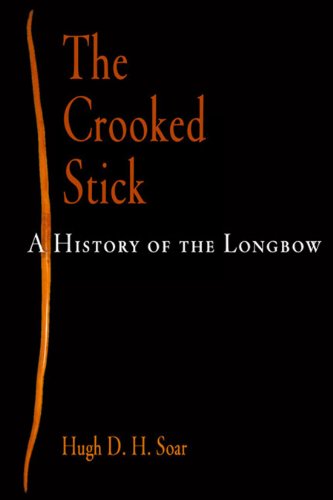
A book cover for The Crooked Stick: A History of the Longbow; Hugh D. H. Soar; Sports & Outdoors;